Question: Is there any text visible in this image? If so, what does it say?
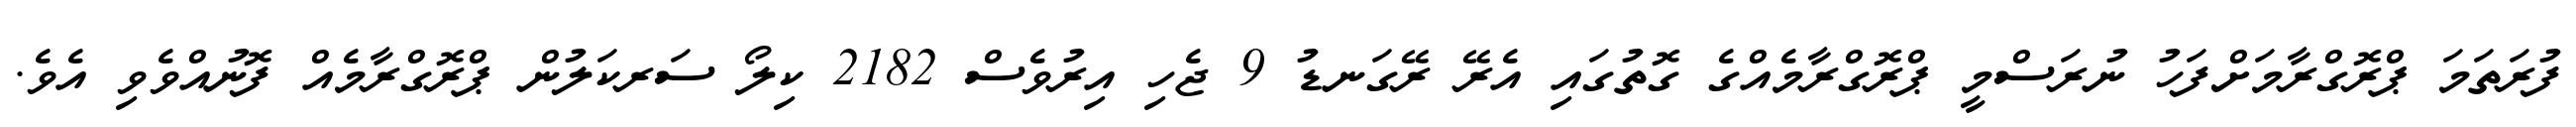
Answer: ފުރަތަމަ ޕްރޮގްރާމަށްފަހު ނުރަސްމީ ޕްރޮގްރާމެއްގެ ގޮތުގައި އެރޭ ރޭގަނޑު 9 ޖެހި އިރުވެސް 2182 ކިލޯ ސަރކަލުން ޕްރޮގްރާމެއް ފޮނުއްވެވި އެވެ.